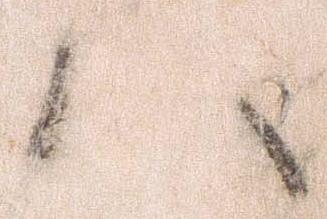
ハ